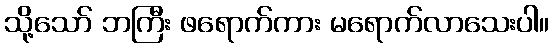
သို့သော် ဘကြီး ဖရောက်ကား မရောက်လာသေးပါ။